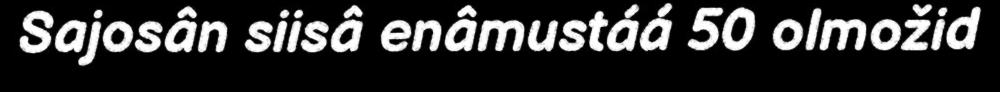
Sajosân siisâ enâmustáá 50 olmožid